Vital statistics of India. Vol. VI, European troops 1870-79
Year: 1870
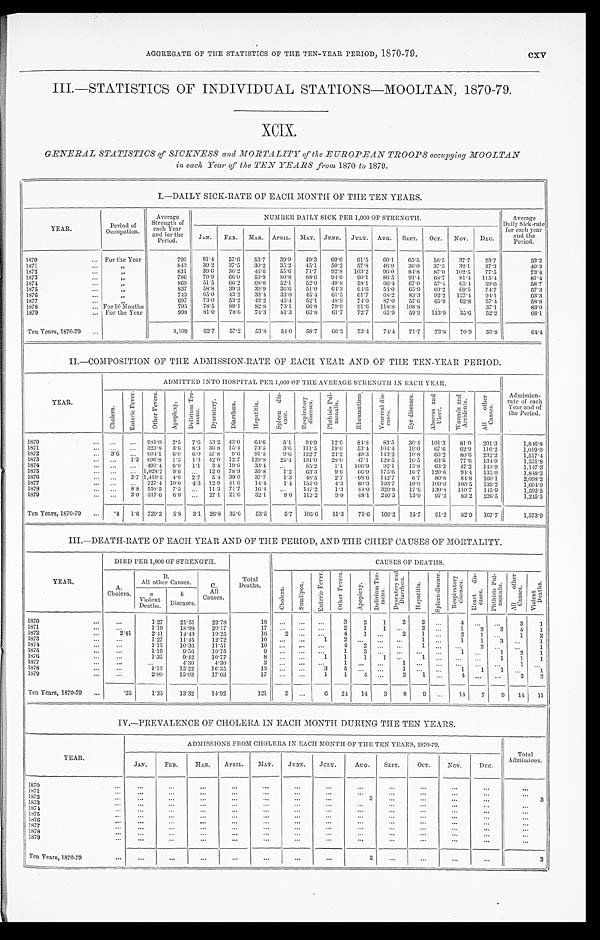
AGGREGATE OF THE STATISTICS OF THE TEN-YEAR PERIOD, 1870-79.
cxv
III.—STATISTICS OF INDIVIDUAL STATIONS—MOOLTAN, 1870-79.
XCIX.
GENERAL STATISTICS of SICKNESS and MORTALITY of the EUROPEAN TROOPS occupying MOOLTAN
in each Year of the TEN YEARS from 1870 to 1879.
I.—DAILY SICK-RATE OF EACH MONTH OF THE TEN YEARS.
YEAR.
Period of
Occupation.
Average
Strength of
each Year
and for the
Period.
NUMBER DAILY SICK PER 1,000 OF STRENGTH.
Average
Daily Sick-rate
for each year
and the
Period.
JAN. FEB. MAR. APRIL. MAY. JUNE. JULY. AUG. SEPT. OCT. NOV. DEC.
1870
For the Year
790 81.4 57.6 53.7 39. 9 49.3 60.0 61.5 60.1 65.5 56.5
3 7 . 7 23.7
5 3 . 2
1871
„
843 39.2 37.5 30.2 35. 2
4 5 . 1
5 0 . 2
5 7 . 8
4 6 . 9
3 6 . 0 37.3
3 2 . 1
3 7 . 3
4 0 . 3
1872
„
831 39.6 36.2
4 6 . 6 55. 6 71.7 92.8 103.2 96.0 84.8 87.0 102.5 77.5
7 3 . 4
1873
„
786 70.9 66.0 59.9
8 0 . 8 88.6 94.0 90.1 86.5 91.4 68.7 81.4 115.4
81.4
1874
„
869 51.5 66.2 68.0 52.1 52.0 49.8 58.1
6 6 . 4 67.0 57.4 65.4 59.6
5 8 . 7
1875
„
837 58.8
3 9 . 3
3 9 . 9 36. 6 51.0 64.3
6 4 . 6 54.0
6 5 . 9 69.2
6 9 . 5 74.7
5 7 . 3
1876
„
743 65.0 43.2 33.4 33. 0 43.4
6 1 . 5
6 1 . 7
6 8 . 2
8 3 . 3 92.2 127.4
9 4 . 1
6 3 . 3
1877
„
697 73.0 53.2 43.2 45. 4
5 2 . 1
4 8 . 9
7 4 . 0
8 7 . 0
5 7 . 6
6 5 . 9
6 2 . 8
5 7 . 4
5 8 . 8
1878
For 10 Months
795 78.5 89.1 82.8 73. 1 66.8 79.9 91.6 118.8 108.8
37. 1
8 3 . 0
1879
For the Year
998 81.0 78.6 74.3 81. 3 63.8 61.7 72.7 65.9 59.9
1 1 3 . 9 35.6 52.2
6 8 . 1
Ten Years, 1870-79
8,109 62.7 57.2 53.8 54. 0 58.7 66.2 73.4 74.4 71.7 73.8 70.9 59.8
64.4
II.—COMPOSITION OF THE ADMISSION-RATE OF EACH YEAR AND OF THE TEN-YEAR PERIOD.
Y E A R .
ADMITTED INTO HOSPITAL PER 1,000 OF THE AVERAGE STRENGTH IN EACH YEAR.
Admission-
rate of each
Year and of
the Period.
C h o l e r a .
E n t e r i c F e v e r .
O t h e r F e v e r s .
A p o p l e x y . D e l i r i u m T r e -
m e n s
D y s e n t e r y . D i a r r h œ a .
H e p a t i t i s .
S p l e e n d i s -
c a s e .
R e s p i r a t o r y
d i s e a s e s .
P h t h i s i s P u l -
m o n a l i s .
R h e u m a t i s m . V e n e r e a l d i s -
e a s e s .
E y e d i s e a s e s . A b s c e s s a n d
U l c e r .
W o u n d s a n d
A c c i d e n t s .
A l l o t h e r C a u s e s .
1870
981.0 2.5 7.6 53.2 43.0 64.6 5.1
9 4 . 9 12.6 84.8 83.5 30.4 101.3 81.0 201.3
1, 816. 8
1871
323.8 3.6 8.3 36.8 15.4 73.5 3.6 111.5 19.0 53.4 104.4 19.0 67.6 62.9 116.2
1,019.0
1872
3.6
6 0 4 . 1 6 . 0 6.0 57.8 9. 6 91.5 9.6 122.7 24.2 49.3 143.2 10.8 66.2 80.6 232.2
1, 517. 4
1873
1.3 690.8 1.3 1.3 42.0 12.7 129.8 25.4 131.0 28.0 47.1 128.5 16.5 63.6 77.6 134.9
1, 531. 8
1874
499.4 6 . 9 1.1 3.4 19.6 33.4
55.2 1.1 166.9
9 2 . 1 13.8 63.3 47.2 143.9
1, 147. 3
1875
1,028.7 9 . 6
12.0 78.9 35.8 1.2 63.3 9.6
6 6 . 9 175.6 16.7 120.6 94.4 135.0
1, 848. 3
1876
2.7 1,410.5 4.0 2.7 5.4 39.0 37.7 1.3 48.5 2.7
6 8 . 6 142.7
6 . 7 8 0 . 8 84.8 160.1
2, 098. 2
1877
7 2 7 . 4 1 0 . 0 4. 3 12. 9 41. 6
1 4 . 4
1 . 4 155. 0
4 . 3
8 0 . 3 193.7 10.0 109.0 100.5 139.2
1, 604. 0
1878
8.8 558.5 7.5
11.3 71.7 16.4
147.2 1.3 44.0 320.8 17.6 130.8 110.7 145.9
1, 592. 5
1879
3.0 317.6 6 . 0
27.1 21.0 32.1 8.0 113.2 9.0 48.1 240.5 13. 0 97.2 83.2 226.5
1, 245. 5
Ten Years, 1870-79
.4 1.6 729.2 5 . 8 3.1 26.8 35.6 53.5 5.7 105.6 11.3 71.6 166.2 15.7 91.2 82.9 167.7
1, 573. 9
III.—DEATH-RATE OF EACH YEAR AND OF THE PERIOD, AND THE CHIEF CAUSES OF MORTALITY.
YEAR.
DIED PER 1,000 OF STRENGTH.
Total
Deaths.
CAUSES OF DEATHS.
A.
Cholera.
B .
All other Causes.
C.
All
Causes.
C h o l e r a . S m a l l p o x .
E n t e r i c F e v e r . O t h e r F e v e r s .
A p o p l e x y .
D e l i r i u m T r e -
m e n s . D y s t e n t e r y a n d
D i a r r h œ a .
H e p a t i t i s . S p l e e n d i s e a s e s .
R e s p i r a t o r y
d i s e a s e s . H e a r t d i s -
e a s e s .
P h t h i s i s P u l -
m o n a l i s . A l l o t h e r
C a u s e s .
V i o l e n t
D e a t h s .
a
Violent
Deaths.
b
Diseases
1870
1. 27 21.51 22. 78
18
3 2 1 2
2
4
3
1
1871
1.19 18.98 20. 17
1 7
2 1 1
2
1 2 3 4 1
1872
2. 41
2.41 14.43 19. 25
1 6 2
4
1
2 1
2 1
1 2
1873
1.27 11.45 12. 72
10
1
2
1
1 1 3
1
1874
1 . 1 5 10.36 11.51
1 0
4
2
1
2
1
1 8 7 5
1.19 9.56 10. 75
9
1
3
1
1 2 1
1876
1. 35 9.42 10. 77
8
1 1 1
1
1
1 1 1
1877
4.30 4.30
3
1
1
1
1878
1.13 15.22 16.35
13
3
5
1
1 1 1
1
1879
2. 00 15.03 17. 03
1 7
1 1 4
2 1
4
2 2
Ten Years, 1870-79
. 2 5
1. 35 13.32 14.92
121 2
6 24 14
3 8
9
14 7 9 14 11
IV.—PREVALENCE OF CHOLERA IN EACH MONTH DURING THE TEN YEARS.
Y E A R .
ADMISSIONS FROM CHOLERA IN EACH MONTH OF THE TEN YEARS, 1870-79.
Total
Admissions.
JAN. FEB.
MAR. APRIL. MAY. JUNE. JULY. AUG. SEPT. OCT. NOV.
DEC.
1870
1 8 7 1
1872
3
3
1873 1874 1875 1876
1877 1878
1879
Ten Years, 1870-79
3
3